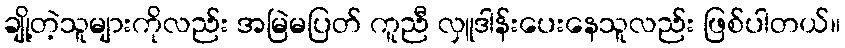
ချို့တဲ့သူများကိုလည်း အမြဲမပြတ် ကူညီ လှူဒါန်းပေးနေသူလည်း ဖြစ်ပါတယ်။